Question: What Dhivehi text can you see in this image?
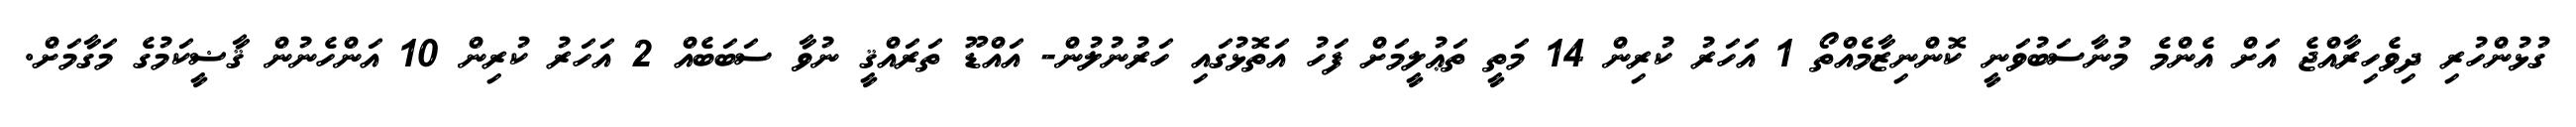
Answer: ގުޅުންހުރި ދިވެހިރާއްޖެ އަށް އެންމެ މުނާސަބުވަނީ ކޮންނިޒާމެއްތޯ 1 އަހަރު ކުރިން 14 މަތީ ތަޢުލީމަށް ފަހު އަތޮޅުގައި ހަރުނުލުން- އައްޑޫ ތަރައްޤީ ނުވާ ސަބަބެއް 2 އަހަރު ކުރިން 10 އަންހެނުން ޤާޟީކަމުގެ މަގާމަށް.